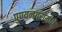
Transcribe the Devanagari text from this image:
पुण्यनगरीमध्ये